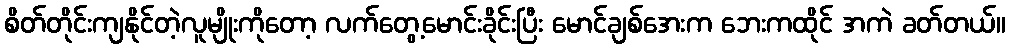
စိတ်တိုင်းကျနိုင်တဲ့လူမျိုးကိုတော့ လက်တွေ့မောင်းခိုင်းပြီး မောင်ချစ်အေးက ဘေးကထိုင် အကဲ ခတ်တယ်။